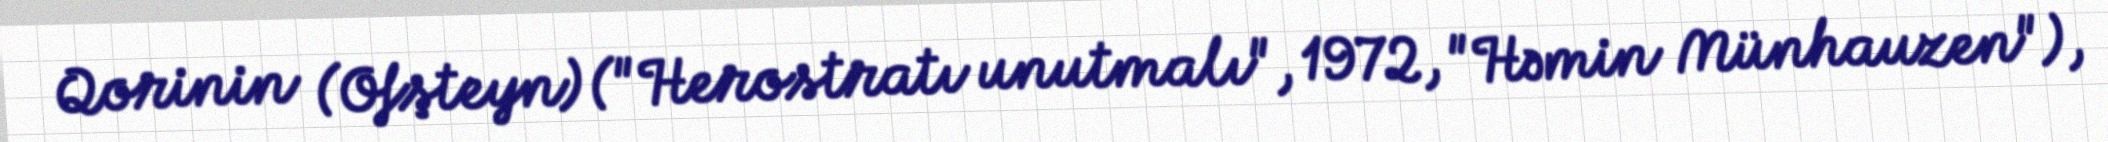
Qorinin (Ofşteyn) ("Herostratı unutmalı", 1972, "Həmin Münhauzen"),